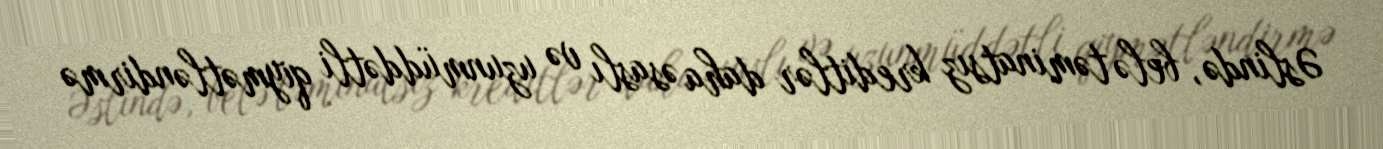
Əslində, belə təminatsız kreditlər daha əsaslı və uzunmüddətli qiymətləndirmə